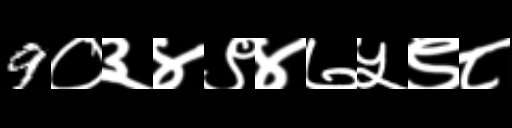
Text: 9०३४९४७५९८